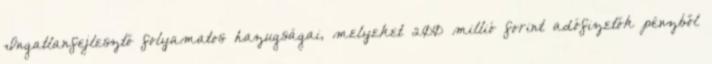
Ingatlanfejlesztő folyamatos hazugságai, melyeket 200 millió forint adófizetők pénzből